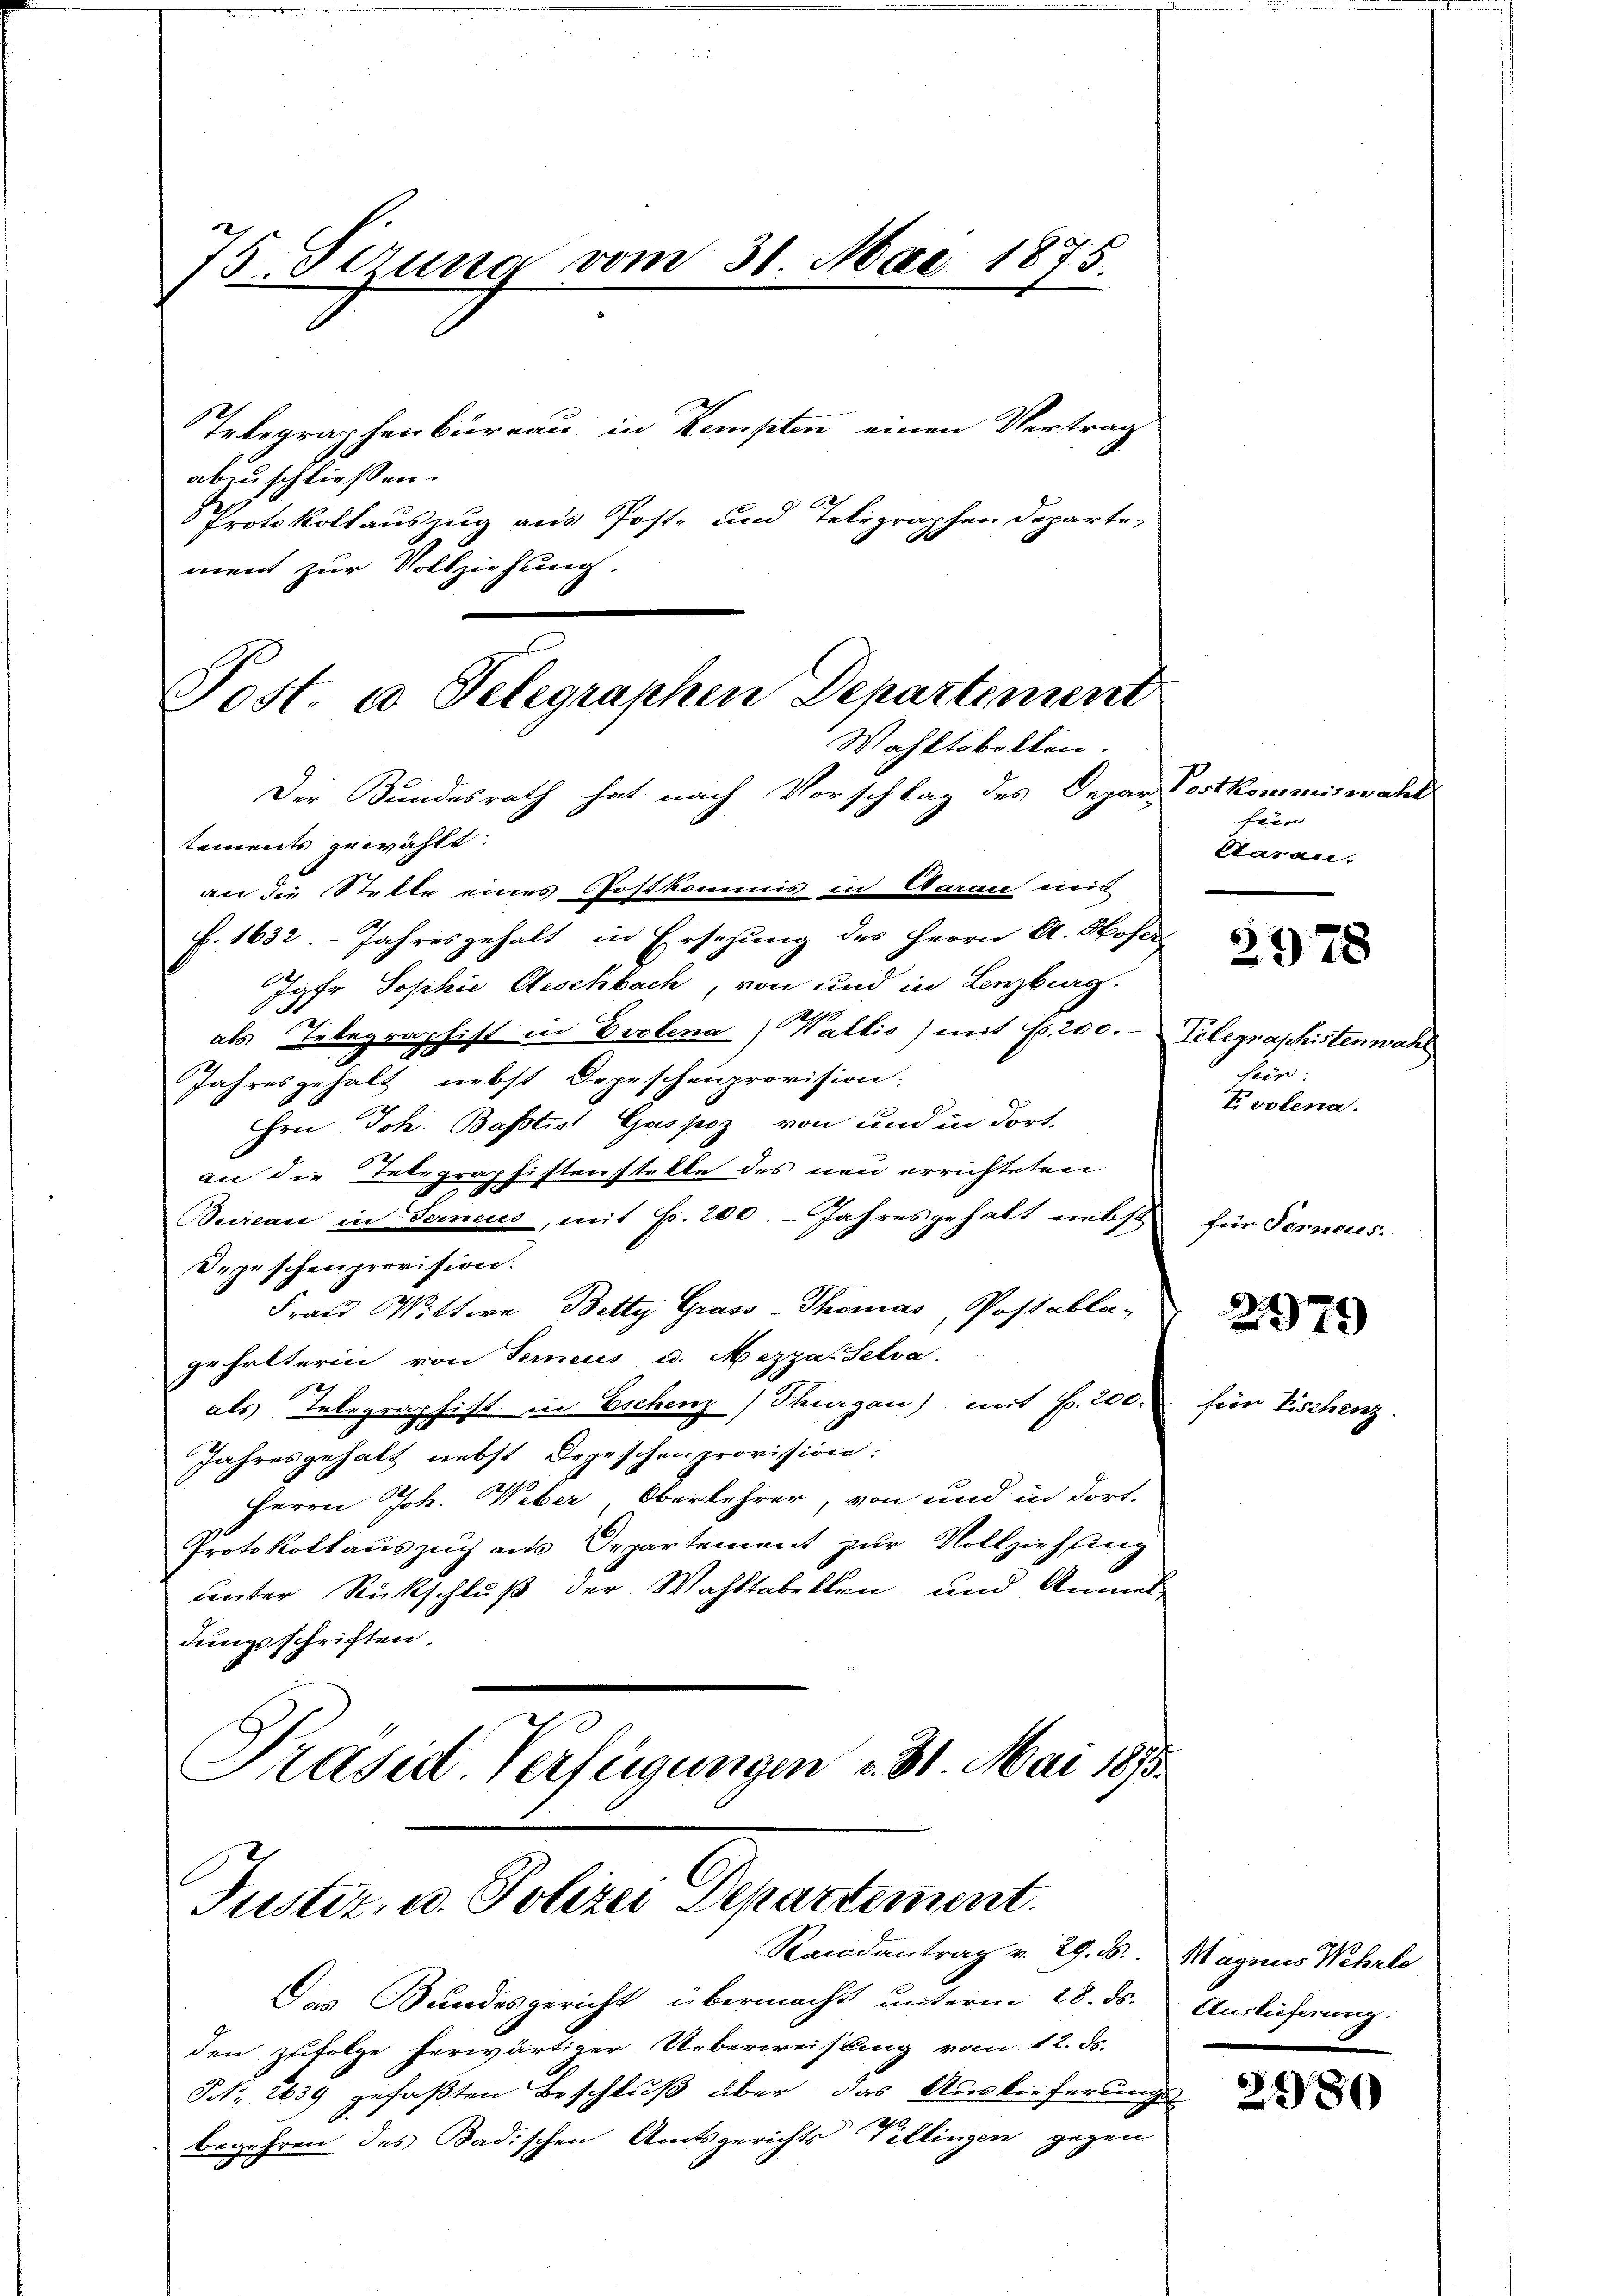
75. Sezung vom 31. Mai 1875.

Telegraphenbureau in Kempten einen Vertrag
abzuschließen.
 Protokollauszug aus Poste und Telegraphen Departement zur Vollziehung.

Post. a Telegraphen Departement
Wahltobellen.

Der Bundesrath hat nach Vorschlag des Depar-Postkommiswahl
tements gewählt.
an die Stette eines Postkommis in Aarau unt
f. 1632. Jahresgehalt in Ersehung des Herrn A. Sofer
Jgfr. Sophie Aeschbach, von und in Lenzburg.
als Telegraphist in Evolena Wallis) mit Fr. 200. Telegraphistenwahr
Jahresgehalt nebst Depeschenprovision.
rn Joh. Baptist Gaspoz, von und in dort
an die Telegraphistenstette des neu errichteten
Bureau in Ferneus, mit Fr. 200. - Jahresgehalt nebst
Depeschenprovision.
Frau Wittwe Betty Grass-Thomas, Postabla-
gehalterin von Ferneus u. Mezza Selva
2
als Telegraphist in Eschenz) Thurgau) mit Fr. 200.
Jahresgehalt nebst Depeschenprovision:
Herrn Joh. Weber, Oberkehrer, von und in dort-
Protokollauszug aus Departement zur Vollziehung
unter Rückschluß der Wahltabellen und Anmeldungsschriften.
Präsid. Verfügungen v. 31. Mai 1873.

Justiz- u. Polizei Departement.
Randantrag v. 29. ds. Magnus Wehrle

Das Bundesgericht übermacht unterm 28. ds.
den zufolge herwärtiger Ueberweisung vom 12. ds.
NNo. 2639 gefaßten Beschluß über das Auslieferungs-
2
begehren des Badischen Amtsgerichts Tillingen gegen

fein
daran.

fen.
Vvolena.

für Ferneues.

3978

2979

fein Fischenz

Auslieferung.

2180